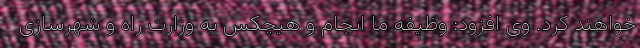
خواهند کرد. وی افزود: وظیفه ما انجام و هیچکس به وزارت راه و شهرسازی